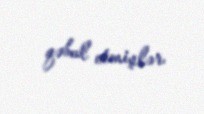
qəbul etmişlər.